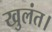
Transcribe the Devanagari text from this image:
खुलंत।